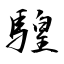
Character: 騜